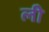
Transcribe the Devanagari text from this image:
लीे